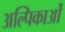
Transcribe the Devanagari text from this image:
अल्पिकाओं